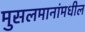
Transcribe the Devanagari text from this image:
मुसलमानांमधील